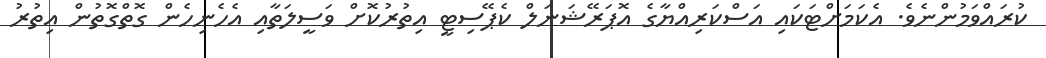
ކުރައްވަމުންނެވެ. އެކަމަށްޓަކައި އަސްކަރިއްޔާގެ އޮޕަރޭޝަނަލް ކެޕޭސިޓީ އިތުރުކޮށް ވަސީލަތާއި އެހެނިހެން ގޮތްގޮތުން އިތުރު